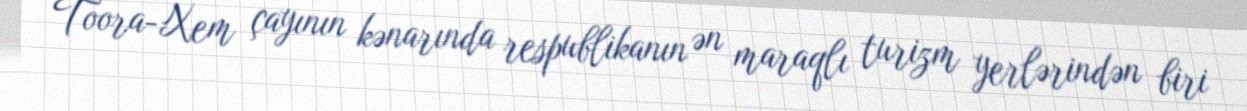
Toora-Xem çayının kənarında respublikanın ən maraqlı turizm yerlərindən biri